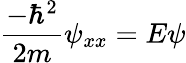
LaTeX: {\frac{-\hbar^{2}}{2m}}\psi_{xx}=E\psi